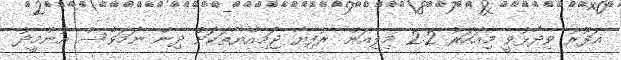
ޣަފޫރު ވިދާޅުވީ މިއަހަރު 2.2 މިލިއަން ރުފިޔާ ޖަމިއްޔާތަކަށް ދިން ނަމަވެސް އުންމީދު